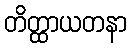
တိတ္ထာယတနာ